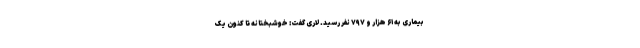
بیماری به ۶۱ هزار و ۷۹۷ نفر رسید. لاری گفت: خوشبختانه تا کنون یک